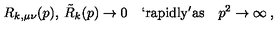
R _ { k , \mu \nu } ( p ) , \: \tilde { R } _ { k } ( p ) \to 0 \quad \mathrm { ` r a p i d l y ' a s } \quad p ^ { 2 } \to \infty \: ,